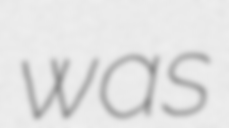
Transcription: was